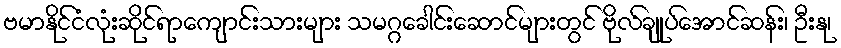
ဗမာနိုင်ငံလုံးဆိုင်ရာကျောင်းသားများ သမဂ္ဂခေါင်းဆောင်များတွင် ဗိုလ်ချုပ်အောင်ဆန်း၊ ဦးနု၊